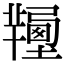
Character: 𦏚